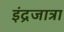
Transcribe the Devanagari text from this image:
इंद्रजात्रा